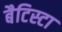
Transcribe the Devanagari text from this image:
बैटिस्टा